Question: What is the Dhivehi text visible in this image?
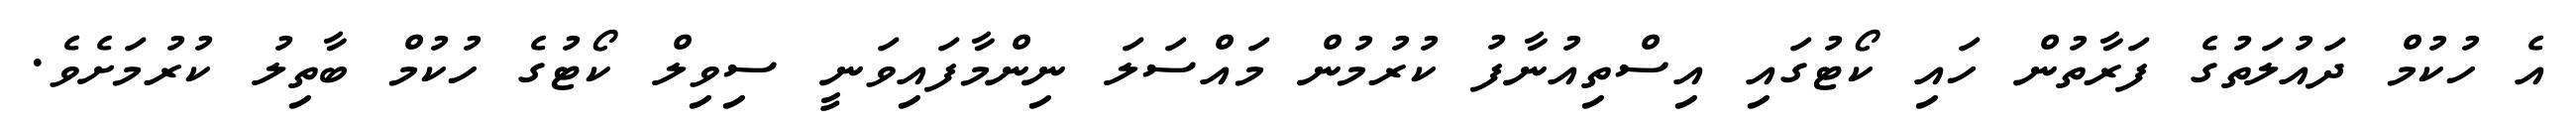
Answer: އެ ހުކުމް ދައުލަތުގެ ފަރާތުން ހައި ކޯޓުގައި އިސްތިއުނާފު ކުރުމުން މައްސަލަ ނިންމާފައިވަނީ ސިވިލް ކޯޓުގެ ހުކުމް ބާތިލު ކުރުމަށެވެ.